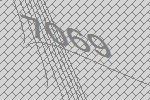
7069